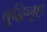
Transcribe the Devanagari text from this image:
बुद्धिगृह